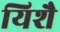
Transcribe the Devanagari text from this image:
यिशै